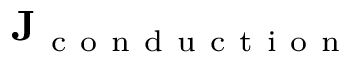
\mathbf { J } _ { \mathrm { ~ c ~ o ~ n ~ d ~ u ~ c ~ t ~ i ~ o ~ n ~ } }